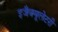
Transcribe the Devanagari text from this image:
इजैक्यूलेटरी